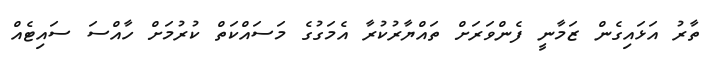
ތާރު އަޅައިގެން ޒަމާނީ ފެންވަރަށް ތައްޔާރުކުރާ އެމަގުގެ މަސައްކަތް ކުރުމަށް ހާއްސަ ސައިޓެއް